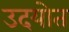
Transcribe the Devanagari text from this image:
उदयोत